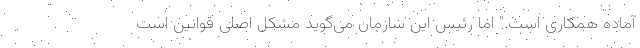
آماده همکاری است." اما رئیس این سازمان می‌گوید مشکل اصلی قوانین است